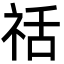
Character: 䄆